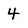
Character: 4